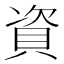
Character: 資